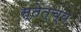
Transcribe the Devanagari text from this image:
स्तेत्च्य